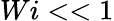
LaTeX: Wi<<1